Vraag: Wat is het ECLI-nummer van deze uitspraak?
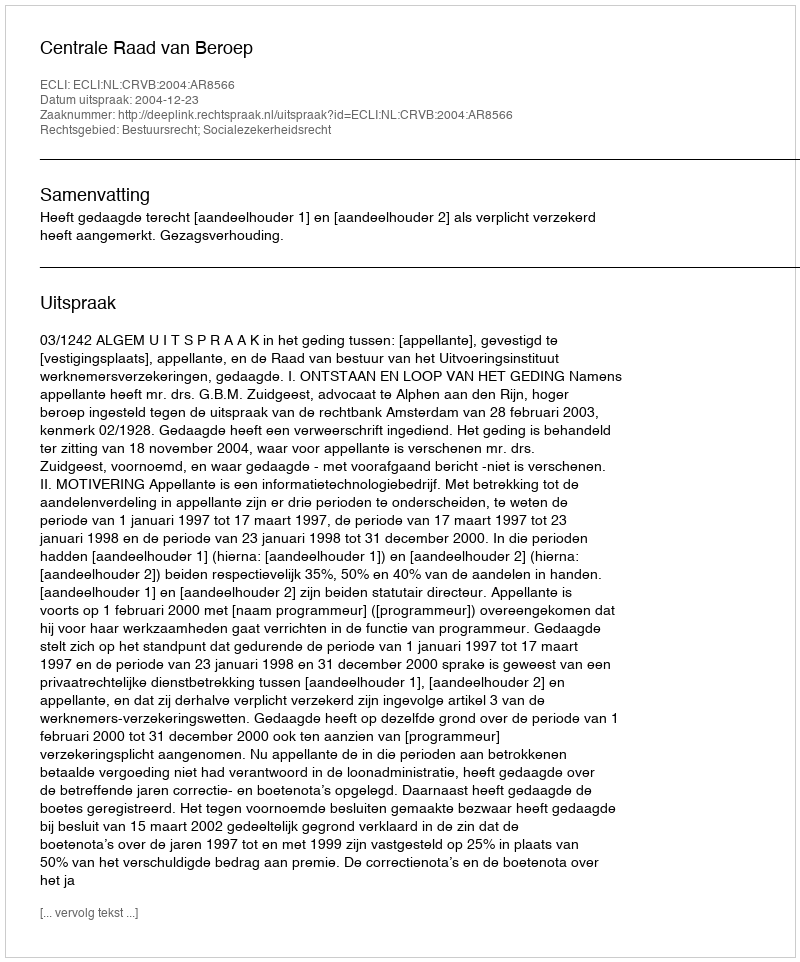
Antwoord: ECLI:NL:CRVB:2004:AR8566